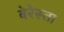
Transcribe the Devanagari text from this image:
बेरेस्ता